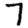
Digit: 7